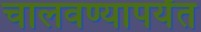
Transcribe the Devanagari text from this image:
चालवण्यापर्यंत